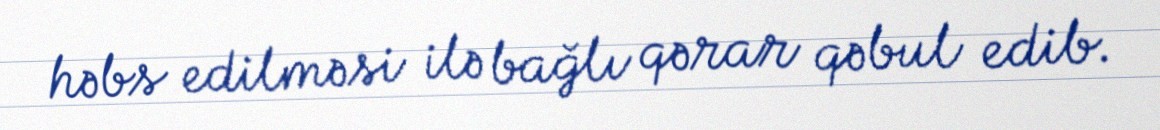
həbs edilməsi ilə bağlı qərar qəbul edib.